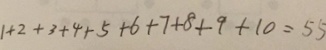
1 + 2 + 3 + 4 + 5 + 6 + 7 + 8 + 9 + 1 0 = 5 5